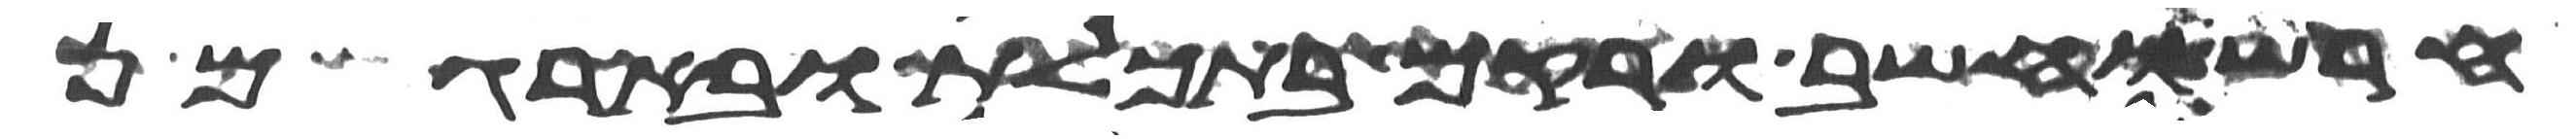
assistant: חרש וחשב ורקם בתכלת ובארגמן